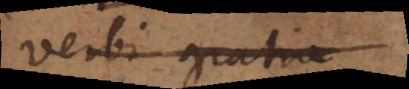
verbi gratia